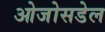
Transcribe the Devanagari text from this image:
ओजोसडेल